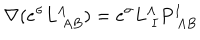
LaTeX: \nabla ( e ^ { \sigma } L _ { \ A B } ^ { \Lambda } ) = e ^ { \sigma } L _ { \ I } ^ { \Lambda } P _ { \ A B } ^ { I }